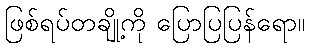
ဖြစ်ရပ်တချို့ကို ပြောပြပြန်ရော။